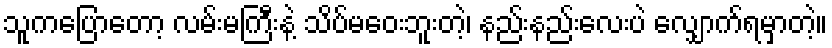
သူကပြောတော့ လမ်းမကြီးနဲ့ သိပ်မဝေးဘူးတဲ့၊ နည်းနည်းလေးပဲ လျှောက်ရမှာတဲ့။